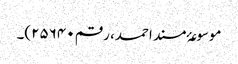
موسوعۂ مسند احمد، رقم ۲۵۶۴۰)۔